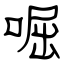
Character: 啒